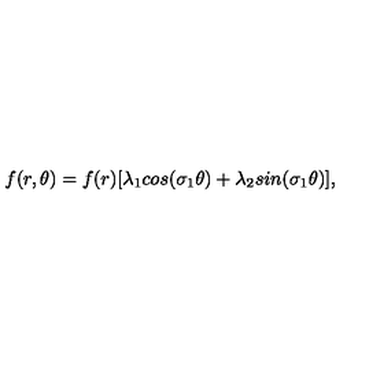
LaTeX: f ( r , \theta ) = f ( r ) [ \lambda _ { 1 } c o s ( \sigma _ { 1 } \theta ) + \lambda _ { 2 } s i n ( \sigma _ { 1 } \theta ) ] ,